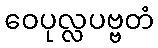
ဝေပုလ္လပဗ္ဗတံ